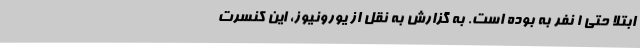
ابتلا حتی 1 نفر به بوده است. به گزارش به نقل از یورونیوز، این کنسرت